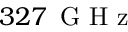
3 2 7 \ensuremath { \, \mathrm { ~ G ~ H ~ z ~ } }